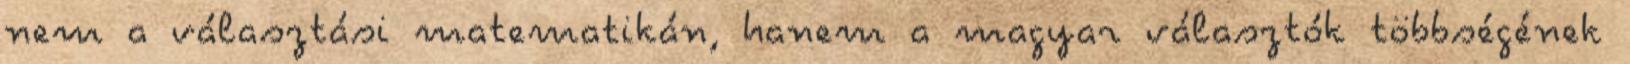
nem a választási matematikán, hanem a magyar választók többségének